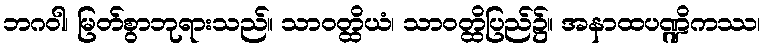
ဘဂဝါ၊ မြတ်စွာဘုရားသည်။ သာဝတ္ထိယံ၊ သာဝတ္ထိပြည်၌။ အနာထပဏ္ဍိကဿ၊